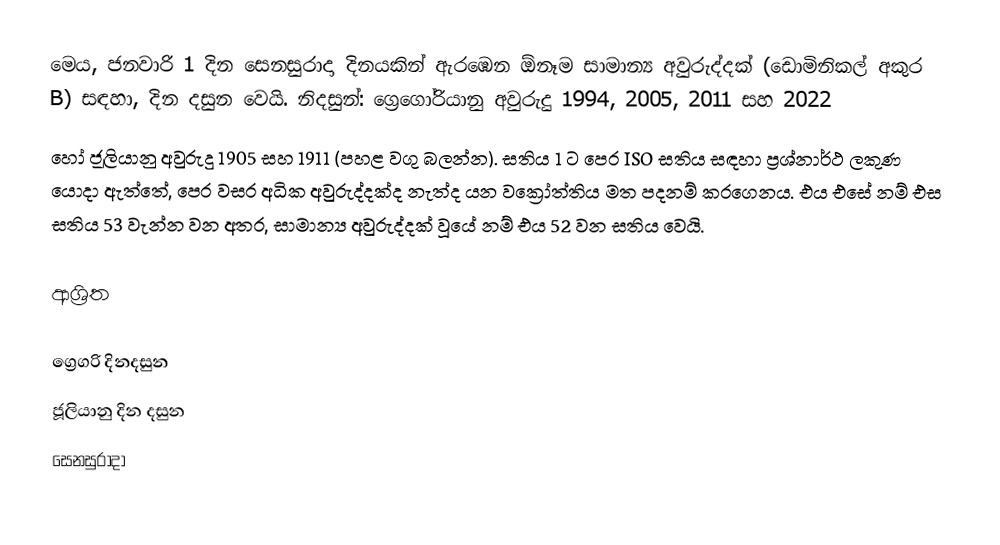
මෙය, ජනවාරි 1 දින සෙනසුරාදා දිනයකින් ඇරඹෙන ඕනෑම  සාමාන්‍ය අවුරුද්දක්  (ඩොමිනිකල් අකුර B) සඳහා,  දින දසුන වෙයි. නිදසුන්: ග්‍රෙගෝරියානු අවුරුදු 1994, 2005, 2011 සහ 2022
හෝ ජූලියානු අවුරුදු 1905 සහ 1911 (පහළ වගු බලන්න). සතිය 1 ට පෙර  ISO සතිය සඳහා ප්‍රශ්නාර්ථ ලකුණ යොදා ඇත්තේ, පෙර වසර අධික අවුරුද්දක්ද නැත්ද යන වක්‍රෝත්තිය මත පදනම් කරගෙනය. එය එසේ නම් එස සතිය 53 වැන්න වන අතර, සාමාන්‍ය  අවුරුද්දක් වූයේ නම් එය 52 වන සතිය වෙයි.

ආශ්‍රිත

ග්‍රෙගරි දිනදසුන
ජූලියානු දින දසුන
සෙනසුරාදා